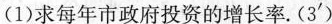
(1)求每年市政府投资的增长率.(3')